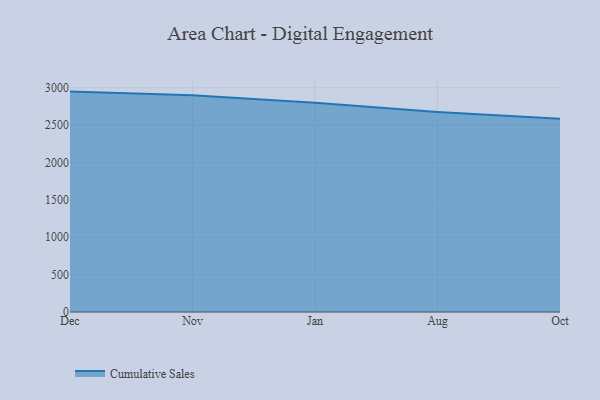
{"axis": {"x": "Month", "y": "Humidity (%)"}, "legend": ["Cumulative Sales"], "data": [{"x": "Dec", "y": 2948.7, "type": "Cumulative Sales"}, {"x": "Nov", "y": 2898.8, "type": "Cumulative Sales"}, {"x": "Jan", "y": 2799.5, "type": "Cumulative Sales"}, {"x": "Aug", "y": 2675.5, "type": "Cumulative Sales"}, {"x": "Oct", "y": 2585.1, "type": "Cumulative Sales"}]}